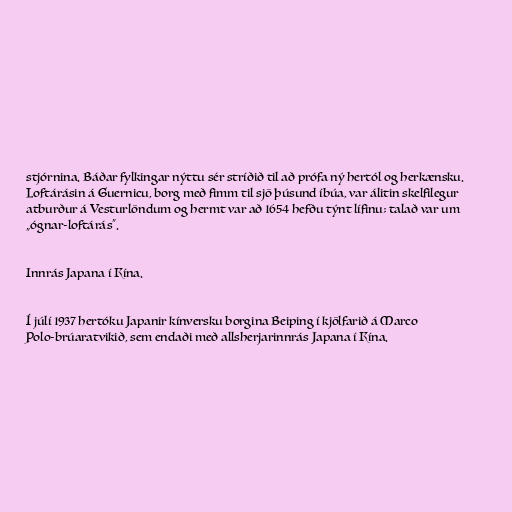
stjórnina. Báðar fylkingar nýttu sér stríðið til að prófa ný hertól og herkænsku.
Loftárásin á Guernicu, borg með fimm til sjö þúsund íbúa, var álitin skelfilegur
atburður á Vesturlöndum og hermt var að 1654 hefðu týnt lífinu; talað var um
„ógnar-loftárás“.

Innrás Japana í Kína.

Í júlí 1937 hertóku Japanir kínversku borgina Beiping í kjölfarið á Marco
Polo-brúaratvikið, sem endaði með allsherjarinnrás Japana í Kína.